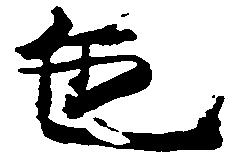
色